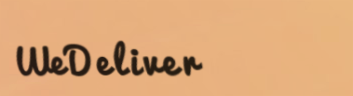
WeDeliver